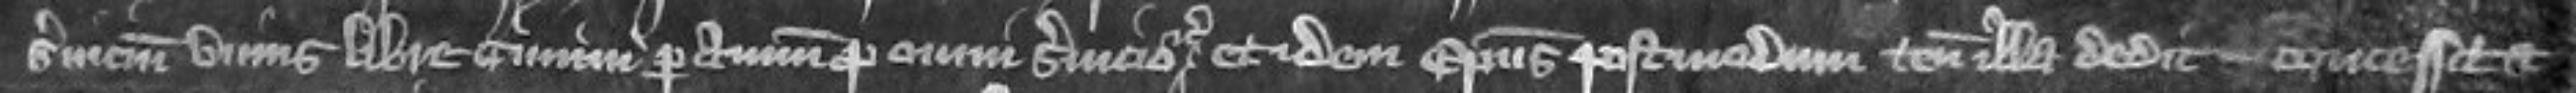
servicium unius libre cimini per annum pro omni servicio et idem episcopus postmodum tenementa ilia dedit concessit et